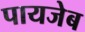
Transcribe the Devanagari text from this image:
पायजेब